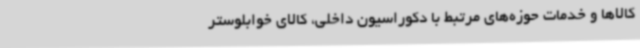
کالاها و خدمات حوزه‌های مرتبط با دکوراسیون داخلی، کالای خوابلوستر